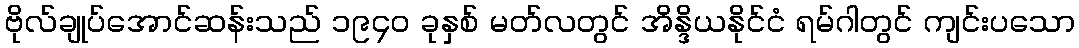
ဗိုလ်ချုပ်အောင်ဆန်းသည် ၁၉၄၀ ခုနှစ် မတ်လတွင် အိန္ဒိယနိုင်ငံ ရမ်ဂါတွင် ကျင်းပသော